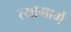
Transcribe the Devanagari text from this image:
त्यामार्गे